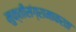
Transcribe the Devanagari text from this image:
मुक्तीसंग्रामाकरता